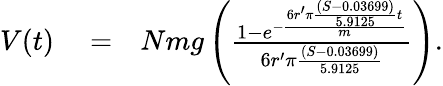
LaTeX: \begin{array}{rlr}{V(t)}&{{}=}&{Nmg\left({\frac{1-e^{-{\frac{6r^{\prime}\pi{\frac{(S-0.03699)}{5.9125}}t}{m}}}}{6r^{\prime}\pi{\frac{(S-0.03699)}{5.9125}}}}\right).}\end{array}